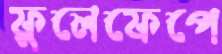
ফুলেফেপে